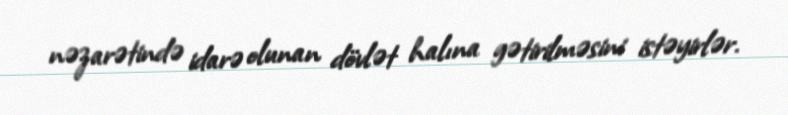
nəzarətində idarə olunan dövlət halına gətirilməsini istəyirlər.